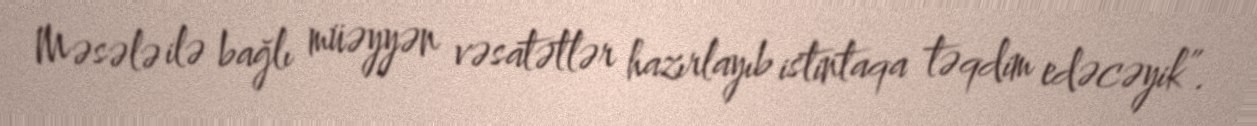
Məsələ ilə bağlı müəyyən vəsatətlər hazırlayıb istintaqa təqdim edəcəyik”.